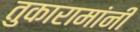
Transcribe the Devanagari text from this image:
तुकारामांनीं